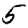
Digit: 5